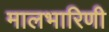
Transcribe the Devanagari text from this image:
मालभारिणी